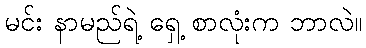
မင်း နာမည်ရဲ့ ရှေ့ စာလုံးက ဘာလဲ။